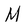
Character: M